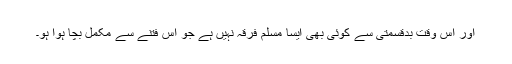
اور اس وقت بدقسمتی سے کوئی بھی ایسا مسلم فرقہ نہیں ہے جو اس فتنے سے مکمل بچا ہوا ہو۔